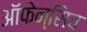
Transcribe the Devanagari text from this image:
ऑफेन्सिव